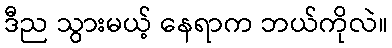
ဒီည သွားမယ့် နေရာက ဘယ်ကိုလဲ။